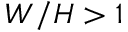
W / H > 1